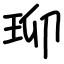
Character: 珋